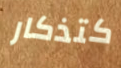
كتذكار